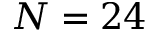
N = 2 4